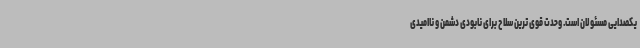
یکصدایی مسئولان است. وحدت قوی ترین سلاح برای نابودی دشمن و ناامیدی